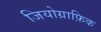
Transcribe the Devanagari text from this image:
जियोग्राफ़िक